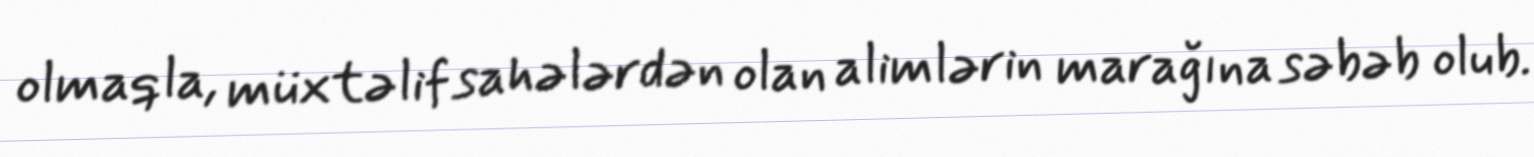
olmaqla, müxtəlif sahələrdən olan alimlərin marağına səbəb olub.